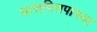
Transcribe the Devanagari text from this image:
घासपित्तपापडा